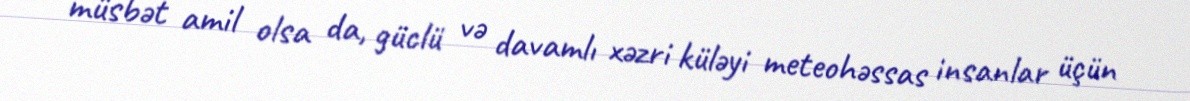
müsbət amil olsa da, güclü və davamlı xəzri küləyi meteohəssas insanlar üçün